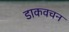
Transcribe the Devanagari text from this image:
डाकवचन